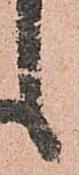
之